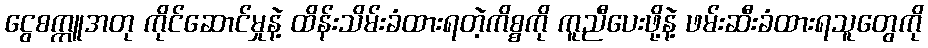
ငွေစက္ကူအတု ကိုင်ဆောင်မှုနဲ့ ထိန်းသိမ်းခံထားရတဲ့ကိစ္စကို ကူညီပေးဖို့နဲ့ ဖမ်းဆီးခံထားရသူတွေကို